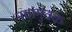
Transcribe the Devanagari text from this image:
नवांगुतक